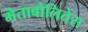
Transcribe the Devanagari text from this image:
मेताबोलितेस